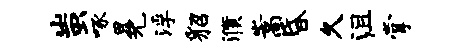
蚩啄冕浮貂濮嵩昏久沮掌